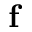
\mathbf { f }